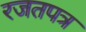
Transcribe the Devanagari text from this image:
रजतपत्र